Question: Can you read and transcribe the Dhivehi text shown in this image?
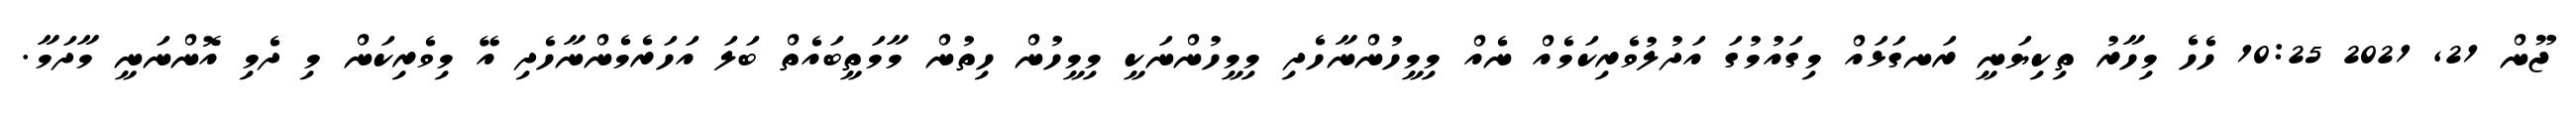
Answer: ޖޫން 21, 2021 10:25 ހެހެ މިހާރު ތިކިޔަނީ ރަނގަޅައް މިގައުމުގަ އަދުލުވެރިކަމެއް ނެއް މިމީހުންނާހެދި މިމީހުންނަކީ މިމީހުން ހިތުން މާމަތީބައެތް ބަލަ އަހަރެމެންނާހެދި އޭ މިވެރިކަން މި ދެމި އޮންނަނީ މާދަމާ.